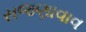
સજણાવાવ